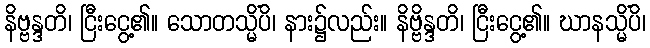
နိဗ္ဗန္ဒတိ၊ ငြီးငွေ့၏။ သောတသ္မိံပိ၊ နား၌လည်း။ နိဗ္ဗိန္ဒတိ၊ ငြီးငွေ့၏။ ဃာနသ္မိံပိ၊